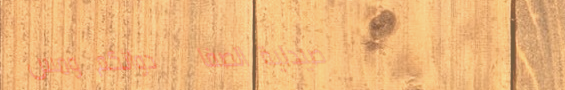
صيدلية الصفا   دوائكم ومس